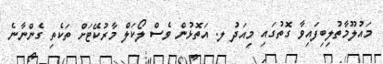
މައުލޫމާތުލިބިފައިވާ ގޮތުގައި މިއަދު ލ. އަތޮޅުން ވެސް ލޯކަލް މާރުކޭޓަށް ތަކެތި ގެންނާނެ